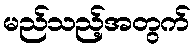
မည်သည့်အတွက်